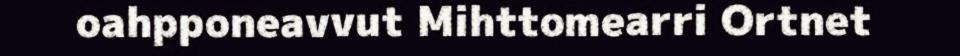
oahpponeavvut Mihttomearri Ortnet